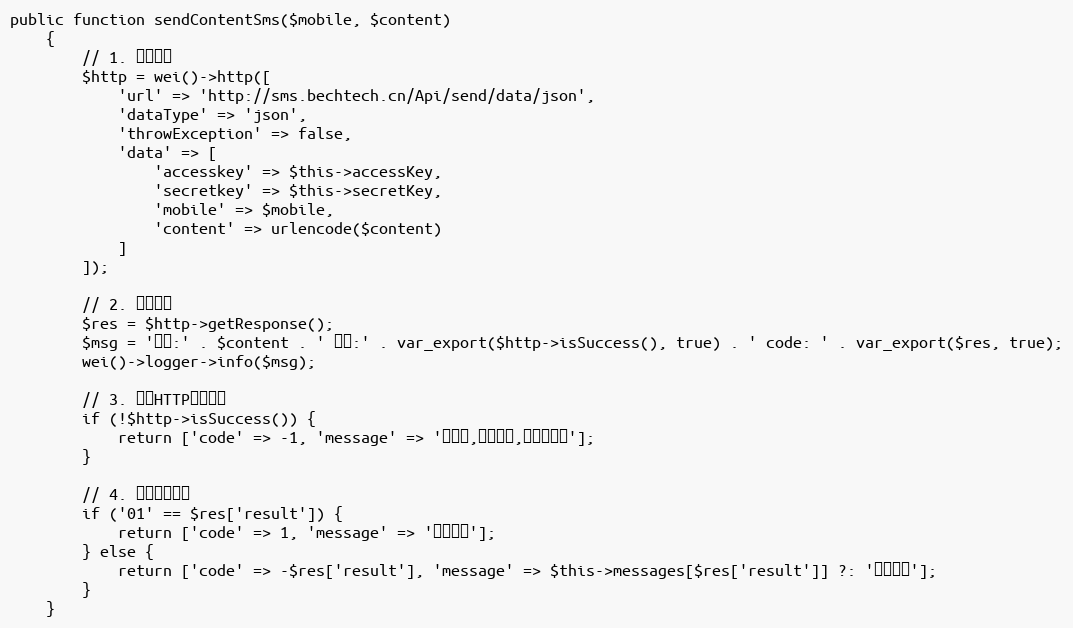
Language: PHP
public function sendContentSms($mobile, $content)
    {
        // 1. 调用接口
        $http = wei()->http([
            'url' => 'http://sms.bechtech.cn/Api/send/data/json',
            'dataType' => 'json',
            'throwException' => false,
            'data' => [
                'accesskey' => $this->accessKey,
                'secretkey' => $this->secretKey,
                'mobile' => $mobile,
                'content' => urlencode($content)
            ]
        ]);

        // 2. 记录日志
        $res = $http->getResponse();
        $msg = '短信:' . $content . ' 结果:' . var_export($http->isSuccess(), true) . ' code: ' . var_export($res, true);
        wei()->logger->info($msg);

        // 3. 处理HTTP请求失败
        if (!$http->isSuccess()) {
            return ['code' => -1, 'message' => '很抱歉,系统繁忙,请稍后再试'];
        }

        // 4. 处理业务结果
        if ('01' == $res['result']) {
            return ['code' => 1, 'message' => '发送成功'];
        } else {
            return ['code' => -$res['result'], 'message' => $this->messages[$res['result']] ?: '系统繁忙'];
        }
    }